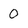
Character: 0